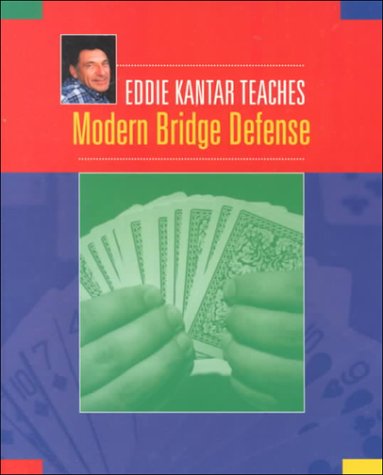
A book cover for Eddie Kantar Teaches Modern Bridge Defense; Eddie Kantar; Humor & Entertainment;